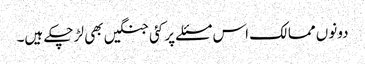
دونوں ممالک اس مسئلے پر کئی جنگیں بھی لڑ چکے ہیں۔